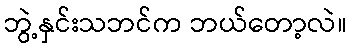
ဘွဲ့နှင်းသဘင်က ဘယ်တော့လဲ။